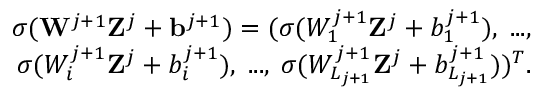
\begin{array} { r } { \sigma ( \mathbf { W } ^ { j + 1 } \mathbf { Z } ^ { j } + \mathbf { b } ^ { j + 1 } ) = ( \sigma ( W _ { 1 } ^ { j + 1 } \mathbf { Z } ^ { j } + b _ { 1 } ^ { j + 1 } ) , \; . . . , } \\ { \; \sigma ( W _ { i } ^ { j + 1 } \mathbf { Z } ^ { j } + b _ { i } ^ { j + 1 } ) , \; . . . , \; \sigma ( W _ { L _ { j + 1 } } ^ { j + 1 } \mathbf { Z } ^ { j } + b _ { L _ { j + 1 } } ^ { j + 1 } ) ) ^ { T } . } \end{array}